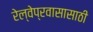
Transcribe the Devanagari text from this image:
रेल्वेप्रवासासाठी